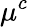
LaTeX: \mu^{c}